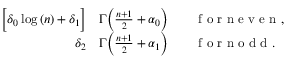
\begin{array} { r l } { \Big [ \delta _ { 0 } \log { ( n ) } + \delta _ { 1 } \Big ] } & { { } \Gamma \Big ( \frac { n + 1 } { 2 } + \alpha _ { 0 } \Big ) \qquad \mathrm { ~ f ~ o ~ r ~ n ~ e ~ v ~ e ~ n ~ } , } \\ { \delta _ { 2 } } & { { } \Gamma \Big ( \frac { n + 1 } { 2 } + \alpha _ { 1 } \Big ) \qquad \mathrm { ~ f ~ o ~ r ~ n ~ o ~ d ~ d ~ } . } \end{array}